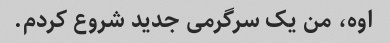
اوه، من یک سرگرمی جدید شروع کردم.